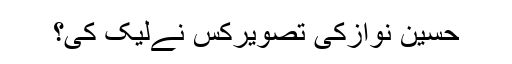
حسین نوازکی تصویرکس نےلیک کی؟